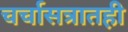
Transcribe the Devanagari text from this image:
चर्चासत्रातही